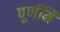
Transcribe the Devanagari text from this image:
पूर्णमि